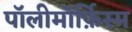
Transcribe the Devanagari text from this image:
पॉलीमॉर्फ़िस्म